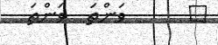
١      ވަންތަ  ވަންތަ